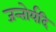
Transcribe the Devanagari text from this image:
जन्तोर्यदि